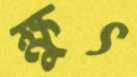
ক্ষুৎ